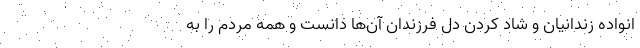
انواده زندانیان و شاد کردن دل فرزندان آن‌ها دانست و همه مردم را به